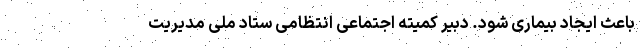
باعث ایجاد بیماری شود. دبیر کمیته اجتماعی انتظامی ستاد ملی مدیریت